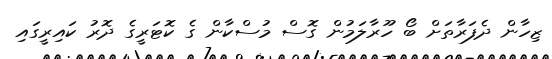
ޒިހާން ދެފަރާތަށް ބޯ ހޫރާލަމުން ގޮސް މުސްކާން ގެ ކޮޓަރީގެ ދޮރު ކައިރީގައި